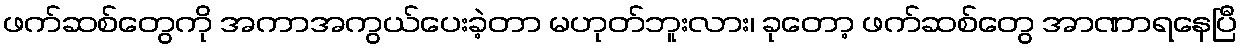
ဖက်ဆစ်တွေကို အကာအကွယ်ပေးခဲ့တာ မဟုတ်ဘူးလား၊ ခုတော့ ဖက်ဆစ်တွေ အာဏာရနေပြီ